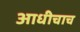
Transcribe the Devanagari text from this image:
आधीचाच